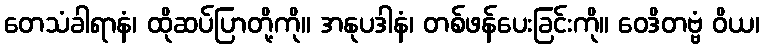
တေသံခါရာနံ၊ ထိုဆပ်ပြာတို့ကို။ အနုပဒါနံ၊ တစ်ဖန်ပေးခြင်းကို။ ဝေဒိတဗ္ဗံ ဝိယ၊